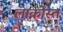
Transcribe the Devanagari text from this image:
लाकोस्त